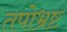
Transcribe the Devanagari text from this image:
तपोभ्रष्ट